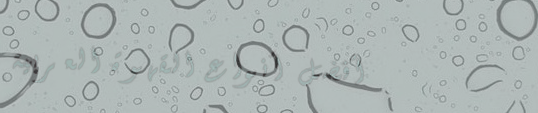
أفضل أنواع القهوة العربية